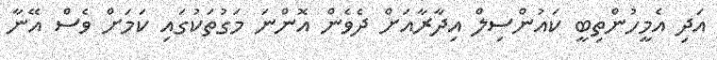
އަދި އެމީހުންތިބީ ކައުންސިލް އިދާރާއަށް ދެވެން އޮންނަ މަގުތަކުގައި ކަމަށް ވެސް އޭނާ